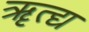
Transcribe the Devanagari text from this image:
ॠत्द्य